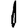
Digit: 1